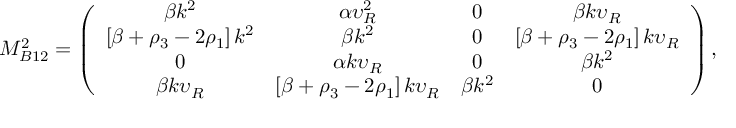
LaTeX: M _ { B 1 2 } ^ { 2 } = \left( \begin{array} { c c c c } { { \beta k ^ { 2 } } } & { { \alpha \upsilon _ { R } ^ { 2 } } } & { { 0 } } & { { \beta k \upsilon _ { R } } } \\ { { \left[ \beta + \rho _ { 3 } - 2 \rho _ { 1 } \right] k ^ { 2 } } } & { { \beta k ^ { 2 } } } & { { 0 } } & { { \left[ \beta + \rho _ { 3 } - 2 \rho _ { 1 } \right] k \upsilon _ { R } } } \\ { { 0 } } & { { \alpha k \upsilon _ { R } } } & { { 0 } } & { { \beta k ^ { 2 } } } \\ { { \beta k \upsilon _ { R } } } & { { \left[ \beta + \rho _ { 3 } - 2 \rho _ { 1 } \right] k \upsilon _ { R } } } & { { \beta k ^ { 2 } } } & { { 0 } } \end{array} \right) ,